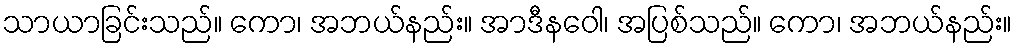
သာယာခြင်းသည်။ ကော၊ အဘယ်နည်း။ အာဒီနဝေါ၊ အပြစ်သည်။ ကော၊ အဘယ်နည်း။